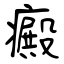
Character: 癜